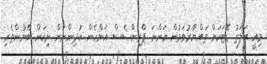
މިއީ އަލަތު ޑޭޓަކަށް ތައްޔާރުވަމުން އަންނަ ޕްރިންސެސް އަންހެން ކުދިންނަށް ނިކަން ބޭނުންތެރި